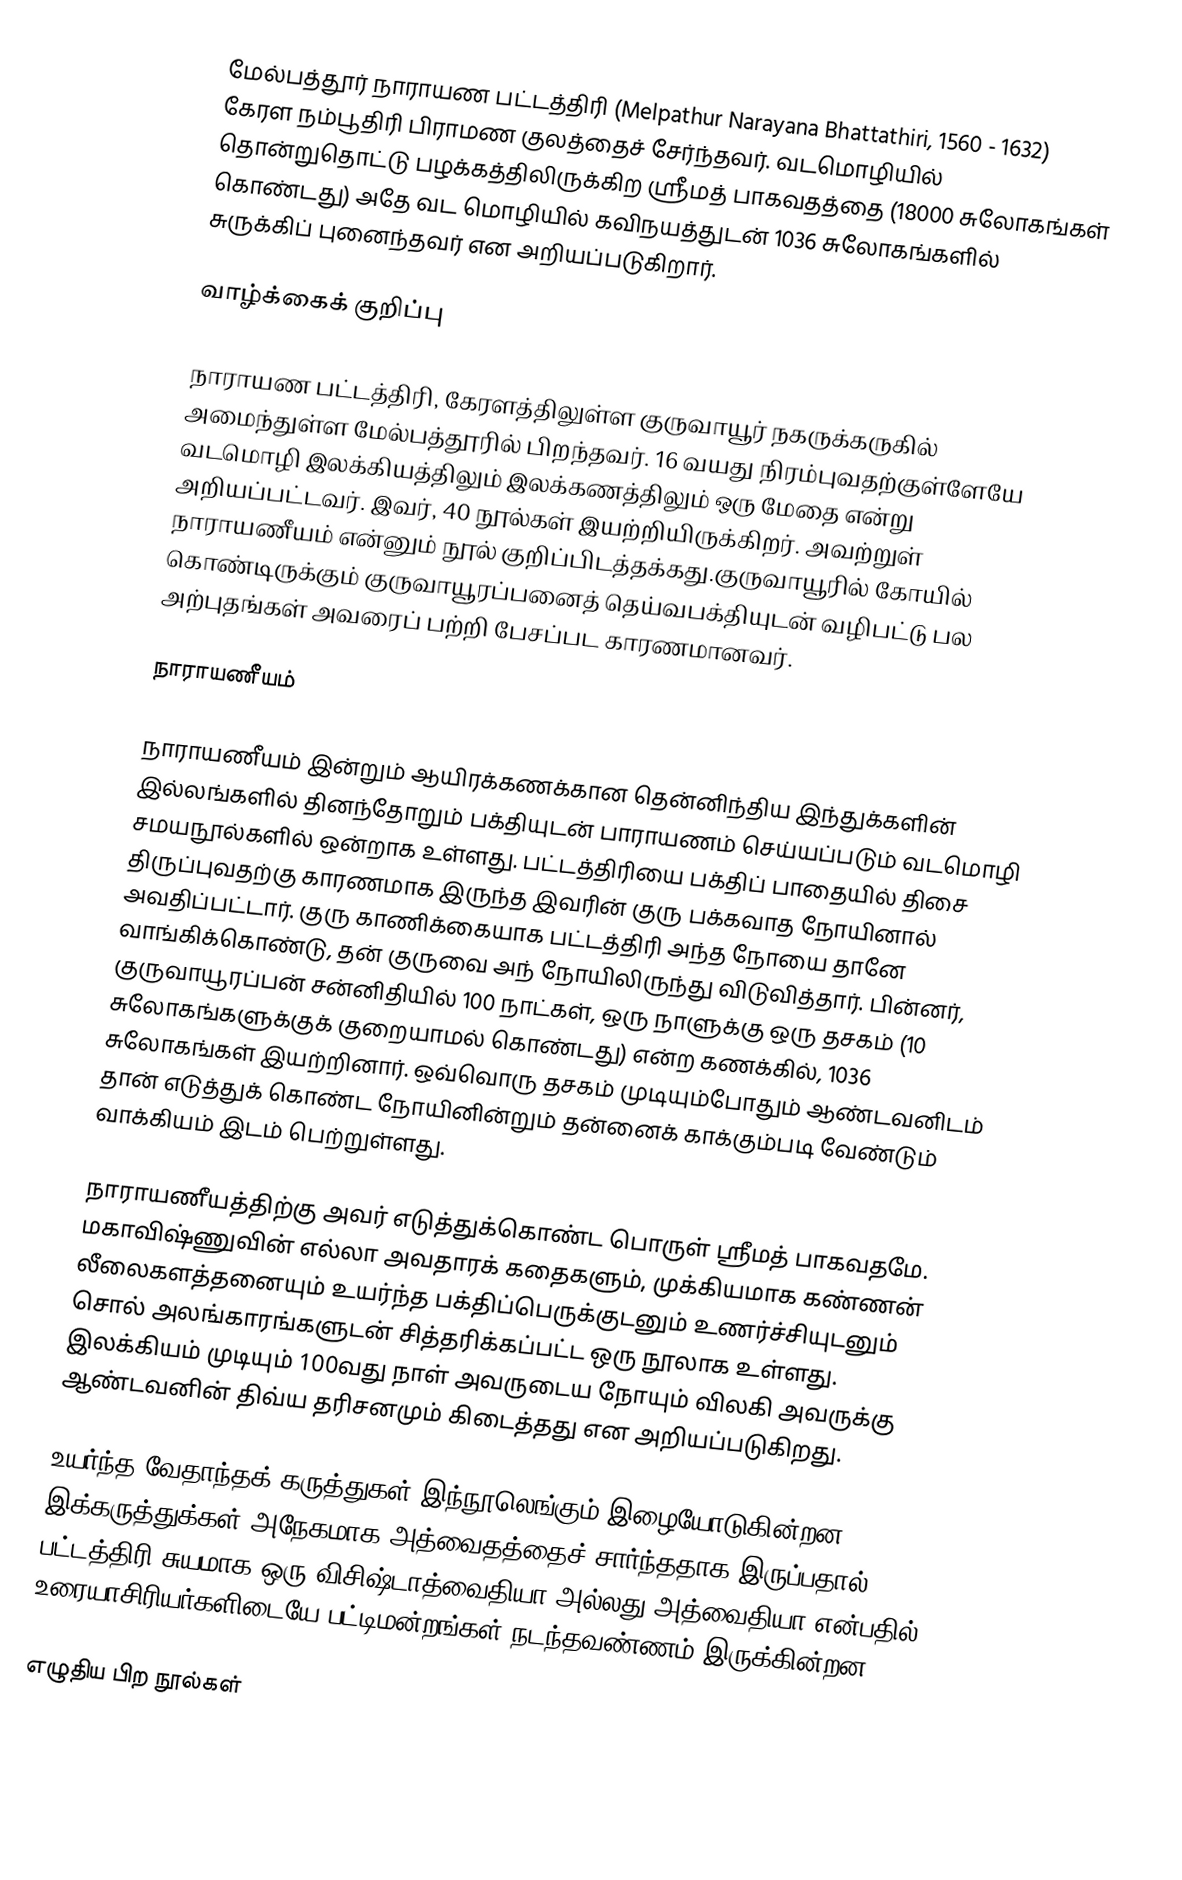
மேல்பத்தூர் நாராயண பட்டத்திரி (Melpathur Narayana Bhattathiri, 1560 - 1632) கேரள நம்பூதிரி பிராமண குலத்தைச் சேர்ந்தவர். வடமொழியில் தொன்றுதொட்டு பழக்கத்திலிருக்கிற ஸ்ரீமத் பாகவதத்தை (18000 சுலோகங்கள் கொண்டது) அதே வட மொழியில் கவிநயத்துடன் 1036 சுலோகங்களில் சுருக்கிப் புனைந்தவர் என அறியப்படுகிறார்.

வாழ்க்கைக் குறிப்பு

நாராயண பட்டத்திரி, கேரளத்திலுள்ள குருவாயூர் நகருக்கருகில் அமைந்துள்ள  மேல்பத்தூரில் பிறந்தவர். 16 வயது நிரம்புவதற்குள்ளேயே வடமொழி இலக்கியத்திலும் இலக்கணத்திலும்  ஒரு மேதை என்று அறியப்பட்டவர். இவர், 40 நூல்கள் இயற்றியிருக்கிறர். அவற்றுள்  நாராயணீயம் என்னும் நூல் குறிப்பிடத்தக்கது.குருவாயூரில் கோயில் கொண்டிருக்கும் குருவாயூரப்பனைத் தெய்வபக்தியுடன் வழிபட்டு பல அற்புதங்கள் அவரைப் பற்றி பேசப்பட காரணமானவர்.

நாராயணீயம்

நாராயணீயம் இன்றும் ஆயிரக்கணக்கான தென்னிந்திய இந்துக்களின் இல்லங்களில் தினந்தோறும் பக்தியுடன் பாராயணம் செய்யப்படும் வடமொழி சமயநூல்களில் ஒன்றாக உள்ளது. பட்டத்திரியை பக்திப் பாதையில் திசை திருப்புவதற்கு காரணமாக இருந்த இவரின் குரு பக்கவாத நோயினால் அவதிப்பட்டார். குரு காணிக்கையாக பட்டத்திரி அந்த நோயை தானே வாங்கிக்கொண்டு, தன் குருவை அந் நோயிலிருந்து விடுவித்தார். பின்னர்,  குருவாயூரப்பன் சன்னிதியில் 100 நாட்கள், ஒரு நாளுக்கு ஒரு தசகம் (10 சுலோகங்களுக்குக் குறையாமல் கொண்டது) என்ற கணக்கில், 1036 சுலோகங்கள் இயற்றினார். ஒவ்வொரு தசகம் முடியும்போதும் ஆண்டவனிடம் தான் எடுத்துக் கொண்ட நோயினின்றும் தன்னைக் காக்கும்படி வேண்டும் வாக்கியம் இடம் பெற்றுள்ளது.

நாராயணீயத்திற்கு அவர் எடுத்துக்கொண்ட பொருள் ஸ்ரீமத் பாகவதமே. மகாவிஷ்ணுவின் எல்லா அவதாரக் கதைகளும், முக்கியமாக கண்ணன் லீலைகளத்தனையும் உயர்ந்த பக்திப்பெருக்குடனும் உணர்ச்சியுடனும் சொல் அலங்காரங்களுடன் சித்தரிக்கப்பட்ட ஒரு நூலாக உள்ளது. இலக்கியம் முடியும் 100வது நாள் அவருடைய நோயும் விலகி அவருக்கு ஆண்டவனின் திவ்ய தரிசனமும் கிடைத்தது என அறியப்படுகிறது.

உயர்ந்த வேதாந்தக் கருத்துகள் இந்நூலெங்கும் இழையோடுகின்றன. இக்கருத்துக்கள் அநேகமாக அத்வைதத்தைச் சார்ந்ததாக இருப்பதால் பட்டத்திரி சுயமாக ஒரு விசிஷ்டாத்வைதியா அல்லது அத்வைதியா என்பதில் உரையாசிரியர்களிடையே பட்டிமன்றங்கள் நடந்தவண்ணம் இருக்கின்றன.

எழுதிய பிற நூல்கள்